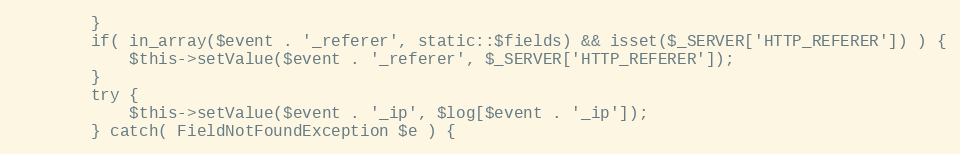
Language: PHP
		}
		if( in_array($event . '_referer', static::$fields) && isset($_SERVER['HTTP_REFERER']) ) {
			$this->setValue($event . '_referer', $_SERVER['HTTP_REFERER']);
		}
		try {
			$this->setValue($event . '_ip', $log[$event . '_ip']);
		} catch( FieldNotFoundException $e ) {